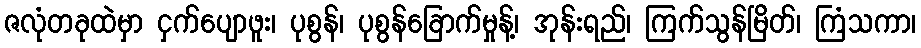
ဇလုံတခုထဲမှာ ငှက်ပျောဖူး၊ ပုစွန်၊ ပုစွန်ခြောက်မှုန့်၊ အုန်းရည်၊ ကြက်သွန်မြိတ်၊ ကြံသကာ၊